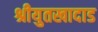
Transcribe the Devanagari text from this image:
श्रीयुतखादाड